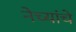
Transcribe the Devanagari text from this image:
नेच्यांचे